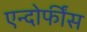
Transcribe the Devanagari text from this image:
एन्दोर्फींस